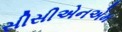
સીસીએનએમ